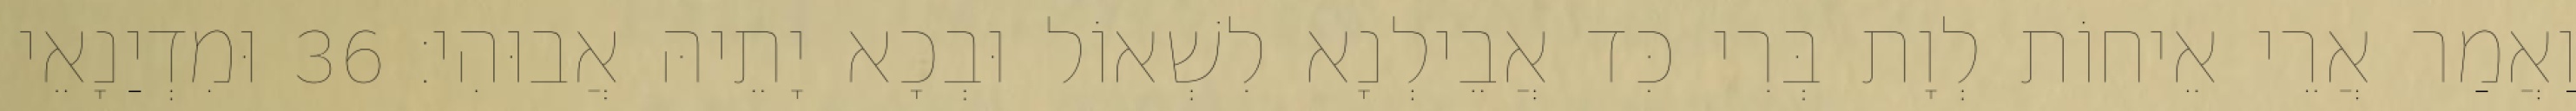
וַאֲמַר אֲרֵי אֵיחוֹת לְוָת בְּרִי כִּד אֲבֵילְנָא לִשְׁאוֹל וּבְכָא יָתֵיהּ אֲבוּהִי׃ 36 וּמִדְיַנָאֵי